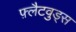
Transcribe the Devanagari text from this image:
फ़्लैटवुड्स